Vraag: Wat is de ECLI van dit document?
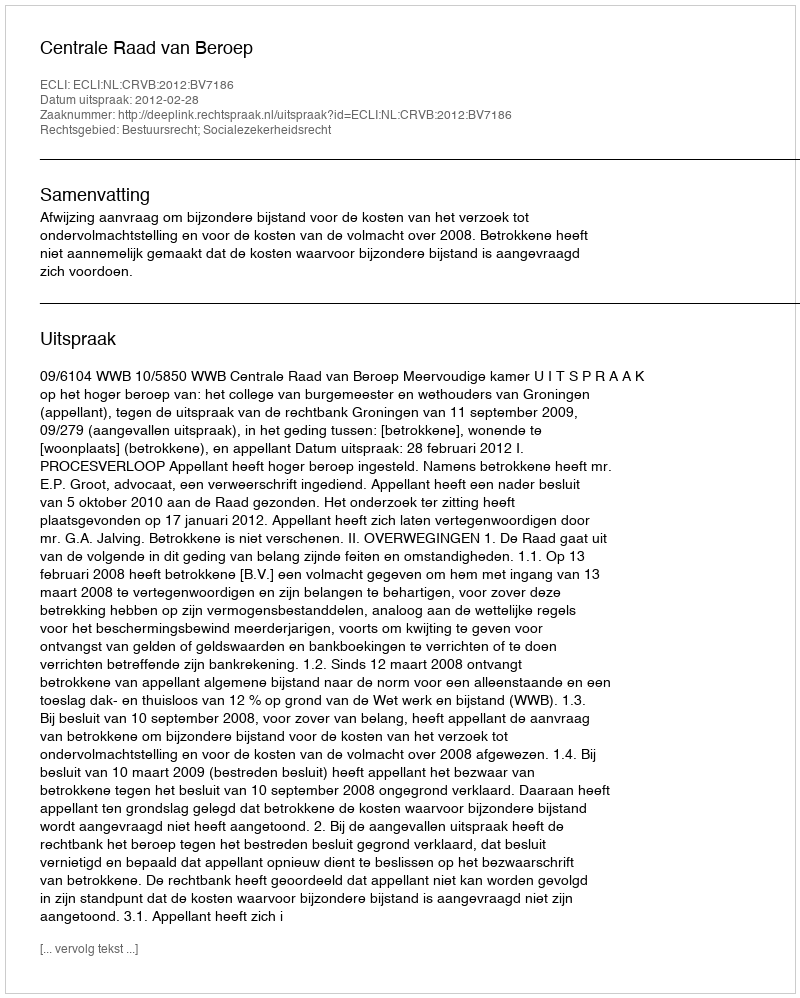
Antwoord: ECLI:NL:CRVB:2012:BV7186